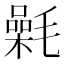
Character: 氉